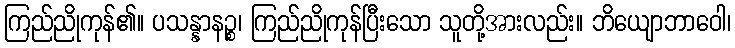
ကြည်ညိုကုန်၏။ ပသန္နာနဉ္စ၊ ကြည်ညိုကုန်ပြီးသော သူတို့အားလည်း။ ဘိယျောဘာဝေါ၊